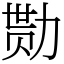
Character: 勚